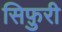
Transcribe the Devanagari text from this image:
सिफ़ुरी